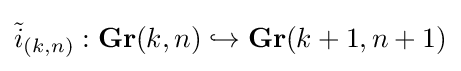
{\tilde {i}}_{(k,n)}:\mathbf {Gr} (k,n)\hookrightarrow \mathbf {Gr} (k+1,n+1)